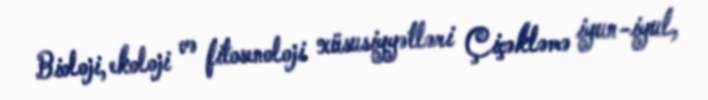
Bioloji, ekoloji və fitosenoloji xüsusiyyətləri Çiçəkləmə iyun-iyul,